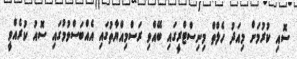
ސޮއި ކުރުމަށް މިއަދު ހެލްތް މިނިސްޓްރީގައި ބޭއްވި ރަސްމިއްޔާތުގައި އެއްބަސްވުމުގައި ސޮއު ކުރެއްވީ